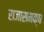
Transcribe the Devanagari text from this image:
राजासमक्ष